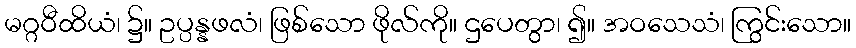
မဂ္ဂဝီထိယံ၊ ၌။ ဥပ္ပန္နဖလံ၊ ဖြစ်သော ဖိုလ်ကို။ ဌပေတွာ၊ ၍။ အဝသေသံ၊ ကြွင်းသော။